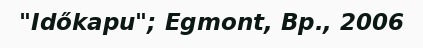
"Időkapu"; Egmont, Bp., 2006